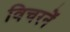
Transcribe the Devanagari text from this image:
विचरनें